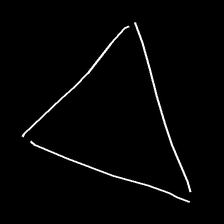
Glyph: convergence